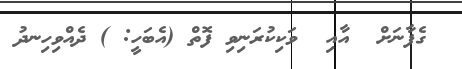
ގެފާނަށް  އާއި  ވަކިކުރަނިވި ފޮތް (އެބަހީ: ) ދެއްވިހިނދު